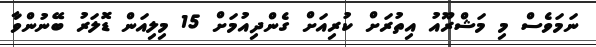
ނަމަވެސް މި މަޝްރޫއު އިތުރަށް ކުރިއަށް ގެންދިއުމަށް 15 މިލިއަން ޑޮލަރު ބޭނުންވާ